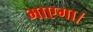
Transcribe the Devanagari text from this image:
भाएगा।